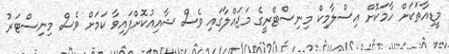
މީޑިއާތަކަށް ހާމަކޮށް އިސްލާމިކް މިނިސްޓްރީގެ މަޖައްލާގައި ވެސް ޝާއިއުކޮށްފައިވާ ކަމަށް ވެސް މިނިސްޓަރު